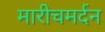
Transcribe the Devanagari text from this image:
मारीचमर्दन